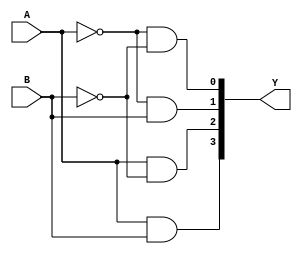
/* gate level, use gate only */

module dec2to4_g(Y, A, B);
    input           A,B;    
    output  [3:0]   Y;
//---------------------------------
// reg and wire declaration
//---------------------------------
    wire     [3:0]   Y;
    wire    na, nb; 
//---------------------------------
//     DESIGN
//---------------------------------
    not(na, A);
    not(nb, B);
    and(Y[0], na, nb);
    and(Y[1], na, B); 
    and(Y[2], A, nb); 
    and(Y[3], A, B);
endmodule